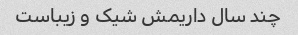
چند سال داریمش شیک و زیباست